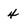
Character: 4